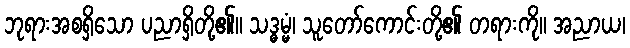
ဘုရားအစရှိသော ပညာရှိတို့၏။ သဒ္ဓမ္မံ၊ သူတော်ကောင်းတို့၏ တရားကို။ အညာယ၊